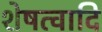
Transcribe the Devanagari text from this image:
शेषत्वादि